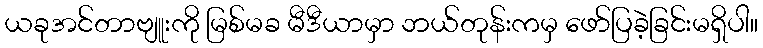
ယခုအင်တာဗျူးကို မြစ်မခ မီဒီယာမှာ ဘယ်တုန်းကမှ ဖော်ပြခဲ့ခြင်းမရှိပါ။